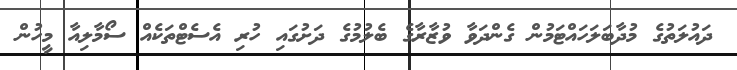
ދައުލަތުގެ މުދާބަލަހައްޓަމުން ގެންދަވާ ވުޒާރާގެ ބެލުމުގެ ދަށުގައި ހުރި އެސެޓްތަކެއް ސޯމާލިއާ މީހުން